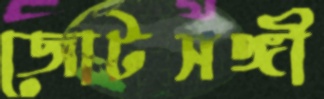
জোটসঙ্গী